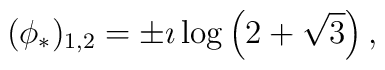
(\phi_*)_{1,2}=\pm\imath\log\left(2+\sqrt3\right),